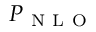
P _ { \mathrm { ~ N ~ L ~ O ~ } }